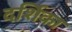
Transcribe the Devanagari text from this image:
दर्शिका